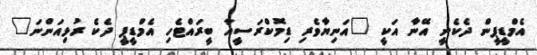
އެމްޑީޕީން ދެކެނީ އޭނާ އަކީ "އަނިޔާވެރި ޑިމޮކްރަސީއާ ބީރައްޓެހި އެމްޑީޕީ ދެކެ ރުޅިއަންނަ"